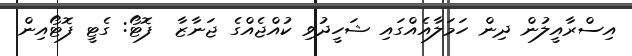
އިސްރާއީލުން ދިން ހަމަލާއެއްގައި ޝަހީދުވި ކުއްޖެއްގެ ޖަނާޒާ  ފޮޓޯ: ގެޓީ ފޮޓޯއިން